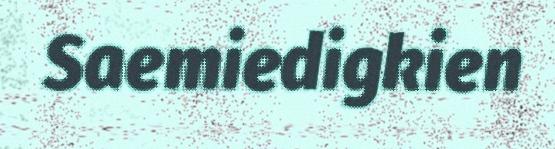
Saemiedigkien